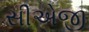
સીએજી